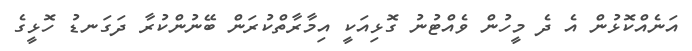
އަނެއްކޮޅުން އެ ދެ މީހުން ވެއްޓުނު ގޮޅިއަކީ އިމާރާތްކުރަން ބޭނުންކުރާ ދަގަނޑު ހޮޅީގެ